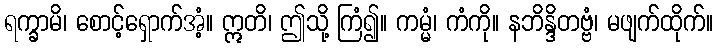
ရက္ခာမိ၊ စောင့်ရှောက်အံ့။ ဣတိ၊ ဤသို့ ကြံ၍။ ကမ္မံ၊ ကံကို။ နဘိန္ဒိတဗ္ဗံ၊ မဖျက်ထိုက်။